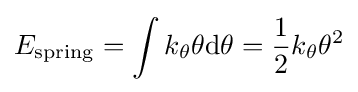
E_{\mathrm {spring} }=\int k_{\theta }\theta \mathrm {d} \theta ={\frac {1}{2}}k_{\theta }\theta ^{2}